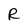
Character: R